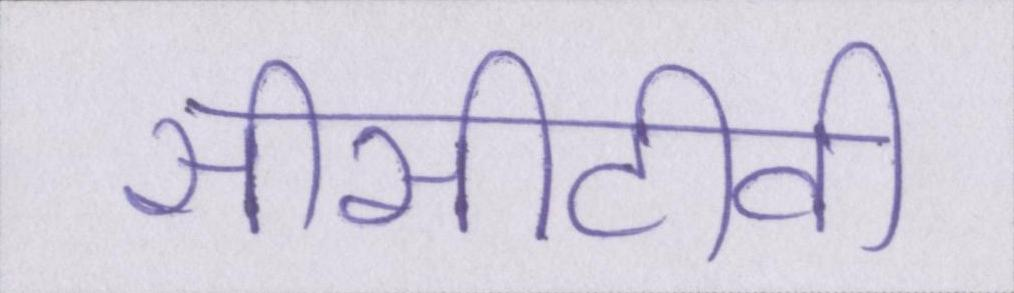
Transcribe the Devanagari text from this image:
सीसीटीवी